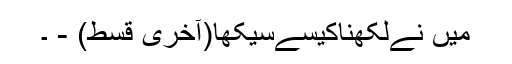
میں نےلکھناکیسےسیکھا(آخری قسط) - ۔